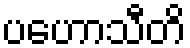
ပဟောသီတိ